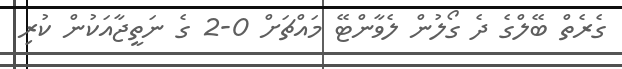
ގެރެތް ބޭލްގެ ދެ ގޯލުން ލެވާންޓޭ މައްޗަށް 0-2 ގެ ނަތީޖާއަކުން ކުރި